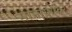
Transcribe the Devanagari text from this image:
सोनोग्राफर